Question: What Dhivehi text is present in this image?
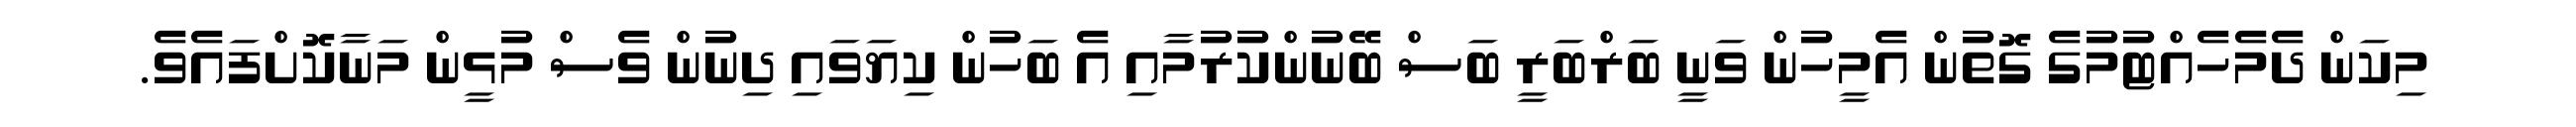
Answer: މިކަން ދެމެހެއްޓުމުގެ ގޮތުން އެމީހުން ވަނީ ބަރްބަރީ ބަސް ބޭނުންކުރުމާއި އެ ބަހުން ކިޔަވައި ދިނުން ވެސް މުޅީން މަނާކޮށްފައެވެ.